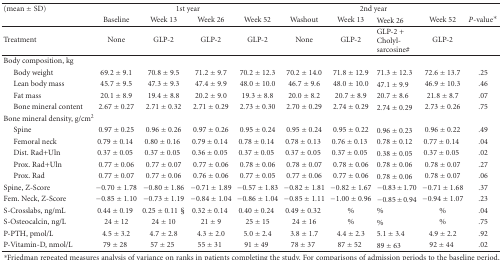
<table><thead><tr><td><b>(mean ± SD)</b></td><td colspan="4"><b>1st year</b></td><td colspan="4"><b>2nd year</b></td><td></td></tr><tr><td></td><td><b>Baseline</b></td><td><b>Week 13</b></td><td><b>Week 26</b></td><td><b>Week 52</b></td><td><b>Washout</b></td><td><b>Week 13</b></td><td><b>Week 26</b></td><td><b>Week 52</b></td><td><b><i>P</i>-value*</b></td></tr></thead><tbody><tr><td>Treatment</td><td>None</td><td>GLP-2</td><td>GLP-2</td><td>GLP-2</td><td>None</td><td>GLP-2</td><td>GLP-2 + Cholyl-sarcosine#</td><td>GLP-2</td><td></td></tr><tr><td>Body composition, kg</td><td></td><td></td><td></td><td></td><td></td><td></td><td></td><td></td><td></td></tr><tr><td><i> </i>Body weight</td><td>69.2 ± 9.1</td><td>70.8 ± 9.5</td><td>71.2 ± 9.7</td><td>70.2 ± 12.3</td><td>70.2 ± 14.0</td><td>71.8 ± 12.9</td><td>71.3 ± 12.3</td><td>72.6 ± 13.7</td><td>.25</td></tr><tr><td><i> </i>Lean body mass</td><td>45.7 ± 9.5</td><td>47.3 ± 9.3</td><td>47.4 ± 9.9</td><td>48.0 ± 10.0</td><td>46.7 ± 9.6</td><td>48.0 ± 10.0</td><td>47.1 ± 9.9</td><td>46.9 ± 10.3</td><td>.46</td></tr><tr><td><i> </i>Fat mass</td><td>20.1 ± 8.9</td><td>19.4 ± 8.8</td><td>20.2 ± 9.0</td><td>19.3 ± 8.8</td><td>20.0 ± 8.2</td><td>20.7 ± 8.9</td><td>20.7 ± 8.6</td><td>21.8 ± 8.7</td><td>.07</td></tr><tr><td><i> </i>Bone mineral content</td><td>2.67 ± 0.27</td><td>2.71 ± 0.32</td><td>2.71 ± 0.29</td><td>2.73 ± 0.30</td><td>2.70 ± 0.29</td><td>2.74 ± 0.29</td><td>2.74 ± 0.29</td><td>2.73 ± 0.26</td><td>.75</td></tr><tr><td>Bone mineral density, g/cm<sup>2</sup></td><td></td><td></td><td></td><td></td><td></td><td></td><td></td><td></td><td></td></tr><tr><td><i> </i>Spine</td><td>0.97 ± 0.25</td><td>0.96 ± 0.26</td><td>0.97 ± 0.26</td><td>0.95 ± 0.24</td><td>0.95 ± 0.24</td><td>0.95 ± 0.22</td><td>0.96 ± 0.23</td><td>0.96 ± 0.22</td><td>.49</td></tr><tr><td><i> </i>Femoral neck</td><td>0.79 ± 0.14</td><td>0.80 ± 0.16</td><td>0.79 ± 0.14</td><td>0.78 ± 0.14</td><td>0.78 ± 0.13</td><td>0.76 ± 0.13</td><td>0.78 ± 0.12</td><td>0.77 ± 0.14</td><td>.04</td></tr><tr><td><i> </i>Dist. Rad+Uln</td><td>0.37 ± 0.05</td><td>0.37 ± 0.05</td><td>0.36 ± 0.05</td><td>0.37 ± 0.05</td><td>0.37 ± 0.05</td><td>0.37 ± 0.05</td><td>0.38 ± 0.05</td><td>0.37 ± 0.05</td><td>.02</td></tr><tr><td><i> </i>Prox. Rad+Uln</td><td>0.77 ± 0.06</td><td>0.77 ± 0.07</td><td>0.77 ± 0.06</td><td>0.78 ± 0.06</td><td>0.78 ± 0.07</td><td>0.78 ± 0.06</td><td>0.78 ± 0.06</td><td>0.78 ± 0.07</td><td>.27</td></tr><tr><td><i> </i>Prox. Rad</td><td>0.77 ± 0.07</td><td>0.77 ± 0.06</td><td>0.76 ± 0.06</td><td>0.77 ± 0.05</td><td>0.77 ± 0.06</td><td>0.77 ± 0.06</td><td>0.78 ± 0.06</td><td>0.78 ± 0.07</td><td>.06</td></tr><tr><td>Spine, Z-Score</td><td> −0.70 ± 1.78</td><td> −0.80 ± 1.86</td><td> −0.71 ± 1.89</td><td> −0.57 ± 1.83</td><td> −0.82 ± 1.81</td><td> −0.82 ± 1.67</td><td> −0.83 ± 1.70</td><td> −0.71 ± 1.68</td><td>.37</td></tr><tr><td>Fem. Neck, Z-Score</td><td> −0.85 ± 1.10</td><td> −0.73 ± 1.19</td><td> −0.84 ± 1.04</td><td> −0.86 ± 1.04</td><td> −0.85 ± 1.11</td><td> −1.00 ± 0.96</td><td> −0.85 ± 0.94</td><td> −0.94 ± 1.07</td><td>.23</td></tr><tr><td>S-Crosslabs, ng/mL</td><td>0.44 ± 0.19</td><td>0.25 ± 0.11 §</td><td>0.32 ± 0.14</td><td>0.40 ± 0.24</td><td>0.49 ± 0.32</td><td>%</td><td>%</td><td>%</td><td>.04</td></tr><tr><td>S-Osteocalcin, ng/L</td><td>24 ± 12</td><td>24 ± 10</td><td>21 ± 9</td><td>25 ± 15</td><td>24 ± 16</td><td>%</td><td>%</td><td>%</td><td>.75</td></tr><tr><td>P-PTH, pmol/L</td><td>4.5 ± 3.2</td><td>4.7 ± 2.8</td><td>4.3 ± 2.0</td><td>5.0 ± 2.4</td><td>3.8 ± 1.7</td><td>4.4 ± 2.3</td><td>5.1 ± 3.4</td><td>4.9 ± 2.2</td><td>.92</td></tr><tr><td>P-Vitamin-D, nmol/L</td><td>79 ± 28</td><td>57 ± 25</td><td>55 ± 31</td><td>91 ± 49</td><td>78 ± 37</td><td>87 ± 52</td><td>89 ± 63</td><td>92 ± 44</td><td>.02</td></tr></tbody></table>